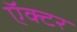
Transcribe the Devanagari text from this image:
ऍक्टर